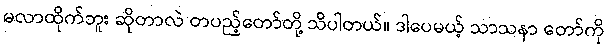
မလာထိုက်ဘူး ဆိုတာလဲ တပည့်တော်တို့ သိပါတယ်။ ဒါပေမယ့် သာသနာ တော်ကို